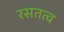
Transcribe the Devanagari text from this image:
रसतत्व